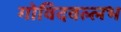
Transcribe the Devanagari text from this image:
गोविदवल्लभ